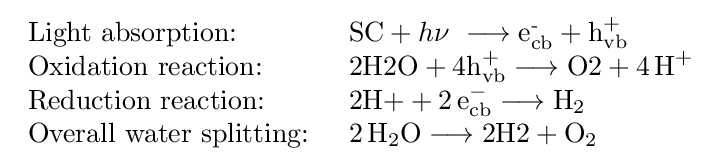
{\begin{array}{ll}{\text{Light absorption: }}&\mathrm {SC} +h\nu \ {{}\mathrel {\longrightarrow } {}{\mathrm {e_{cb}^{\text{-}}} }{}+{}\mathrm {h} {\vphantom {A}}_{\smash[{t}]{\mathrm {vb} }}^{+}}\\{\text{Oxidation reaction: }}&{{\text{2H2O}}{}+{}4\mathrm {h} {\vphantom {A}}_{\smash[{t}]{\mathrm {vb} }}^{+}{}\mathrel {\longrightarrow } {}{\text{O2}}{}+{}4\,\mathrm {H} {\vphantom {A}}^{+}}\\{\text{Reduction reaction: }}&{{\text{2H+}}{}+{}2\,\mathrm {e} {\vphantom {A}}_{\smash[{t}]{\mathrm {cb} }}^{-}{}\mathrel {\longrightarrow } {}\mathrm {H} {\vphantom {A}}_{\smash[{t}]{2}}}\\{\text{Overall water splitting: }}&{2\,\mathrm {H} {\vphantom {A}}_{\smash[{t}]{2}}\mathrm {O} {}\mathrel {\longrightarrow } {}{\text{2H2}}{}+{}\mathrm {O} {\vphantom {A}}_{\smash[{t}]{2}}}\end{array}}